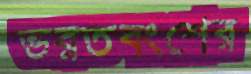
ভরতবংশের